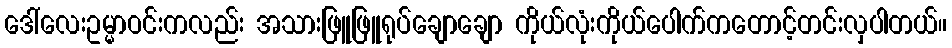
ဒေါ်လေးဥမ္မာဝင်းကလည်း အသားဖြူဖြူရုပ်ချောချော ကိုယ်လုံးကိုယ်ပေါက်ကတောင့်တင်းလှပါတယ်။